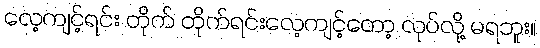
လေ့ကျင့်ရင်း တိုက် တိုက်ရင်းလေ့ကျင့်တော့ လုပ်လို့ မရဘူး။